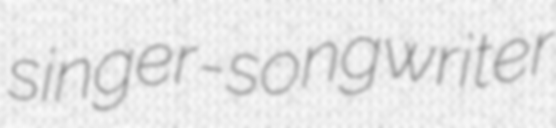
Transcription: singer-songwriter